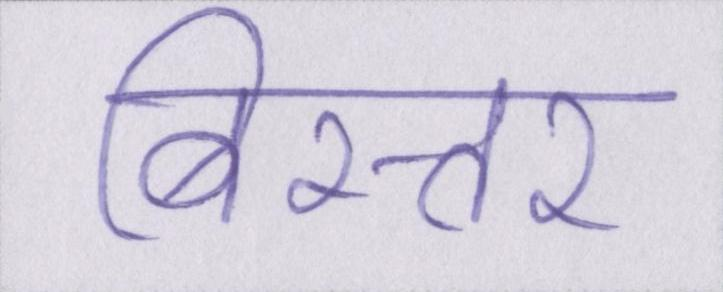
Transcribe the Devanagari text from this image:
बिस्तर